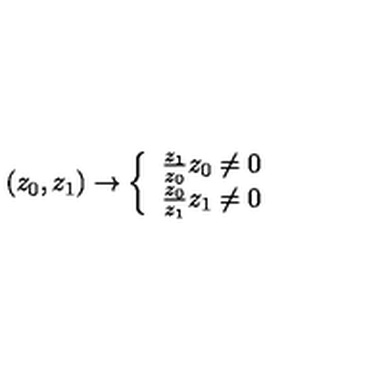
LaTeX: \left( z _ { 0 } , z _ { 1 } \right) \rightarrow \left\{ \begin{array} { c } { \frac { z _ { 1 } } { z _ { 0 } } z _ { 0 } \neq 0 } \\ { \frac { z _ { 0 } } { z _ { 1 } } z _ { 1 } \neq 0 } \\ \end{array} \right.